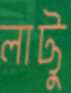
লাট্টু